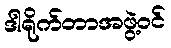
ဒါရိုက်တာအဖွဲ့ဝင်